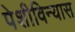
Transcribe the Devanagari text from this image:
पेशीविन्यास